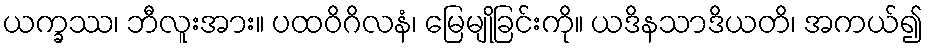
ယက္ခဿ၊ ဘီလူးအား။ ပထဝိဂိလနံ၊ မြေမျိုခြင်းကို။ ယဒိနသာဒိယတိ၊ အကယ်၍